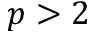
p > 2